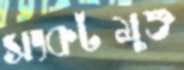
সংকটমুক্ত